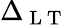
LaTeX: \Delta_{\mathrm{~L~T~}}